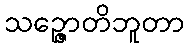
သဉ္ဇောတိဘူတာ